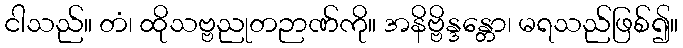
ငါသည်။ တံ၊ ထိုသဗ္ဗညုတဉာဏ်ကို။ အနိဗ္ဗိန္ဒန္တော၊ မရသည်ဖြစ်၍။